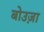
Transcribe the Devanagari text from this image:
बोउज़ा